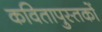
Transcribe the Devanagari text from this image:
कवितापुस्तकों